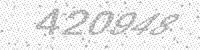
Solution: 420948